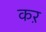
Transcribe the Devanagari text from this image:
कऱ